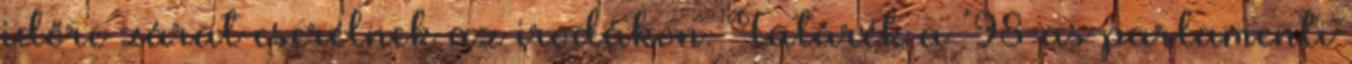
időre zárat cserélnek az irodákon. Tatárék a ´98-as parlamenti